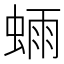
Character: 𫋃